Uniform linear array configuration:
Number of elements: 8
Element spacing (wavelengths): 0.75
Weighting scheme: hann
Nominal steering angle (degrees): -45
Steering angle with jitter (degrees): -46.498
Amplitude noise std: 0.05
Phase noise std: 0.05

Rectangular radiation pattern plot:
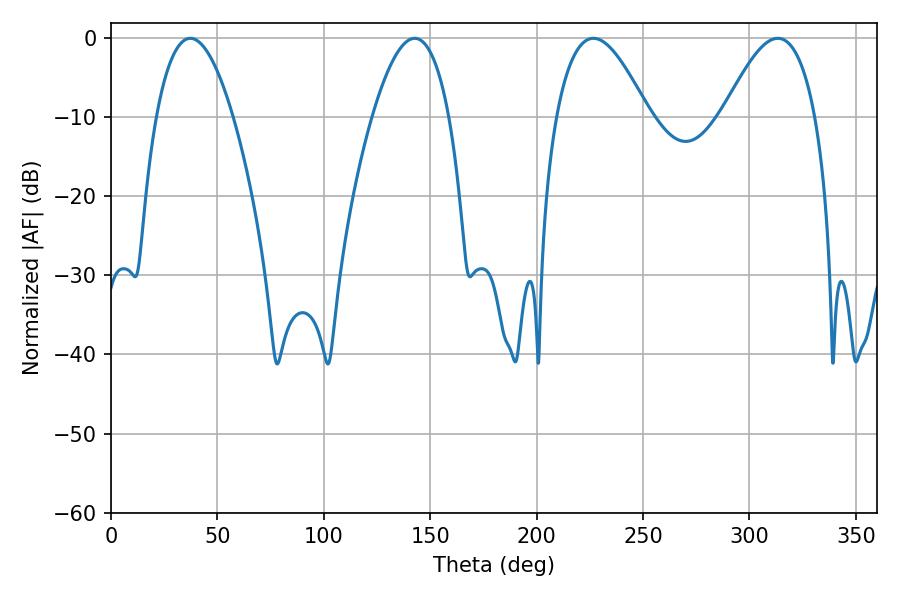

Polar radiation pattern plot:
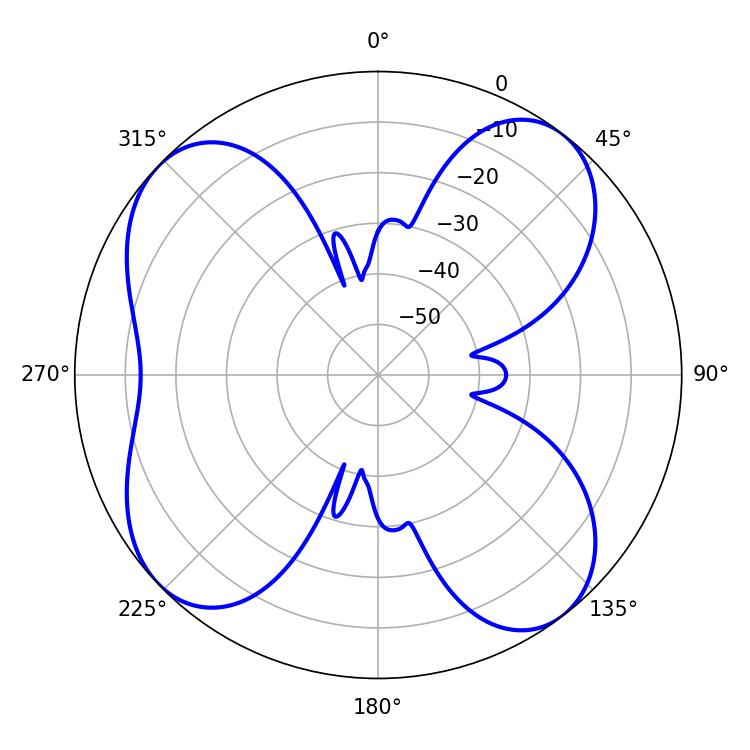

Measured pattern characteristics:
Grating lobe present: TRUE
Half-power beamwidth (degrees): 19.98
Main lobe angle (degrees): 37.26